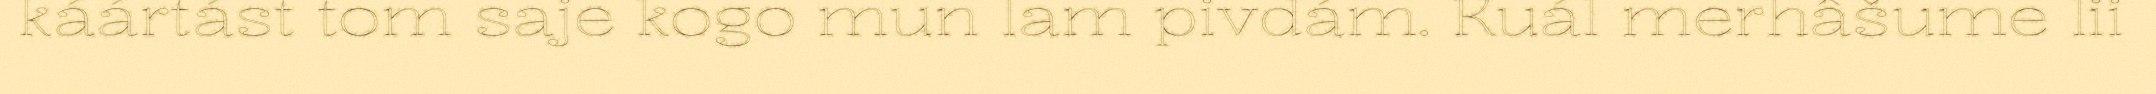
káártást tom saje kogo mun lam pivdám. Kuál merhâšume lii